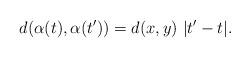
LaTeX: \begin{align*}d(\alpha(t),\alpha(t'))=d(x,y)~|t'-t|.\end{align*}